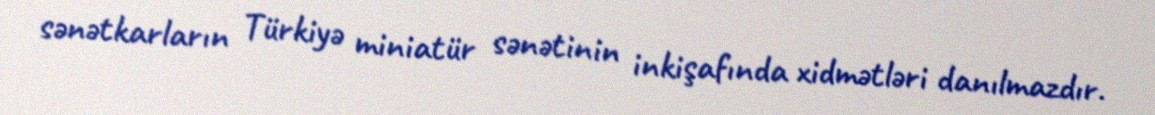
sənətkarların Türkiyə miniatür sənətinin inkişafında xidmətləri danılmazdır.